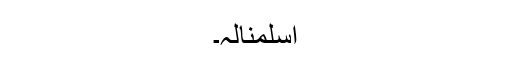
اَسْلَمْنَالَہُ۔